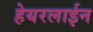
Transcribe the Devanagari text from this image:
हेयरलाईन